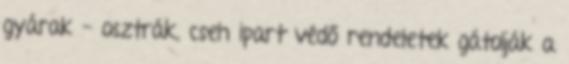
gyárak - osztrák, cseh ipart védő rendeletek gátolják a